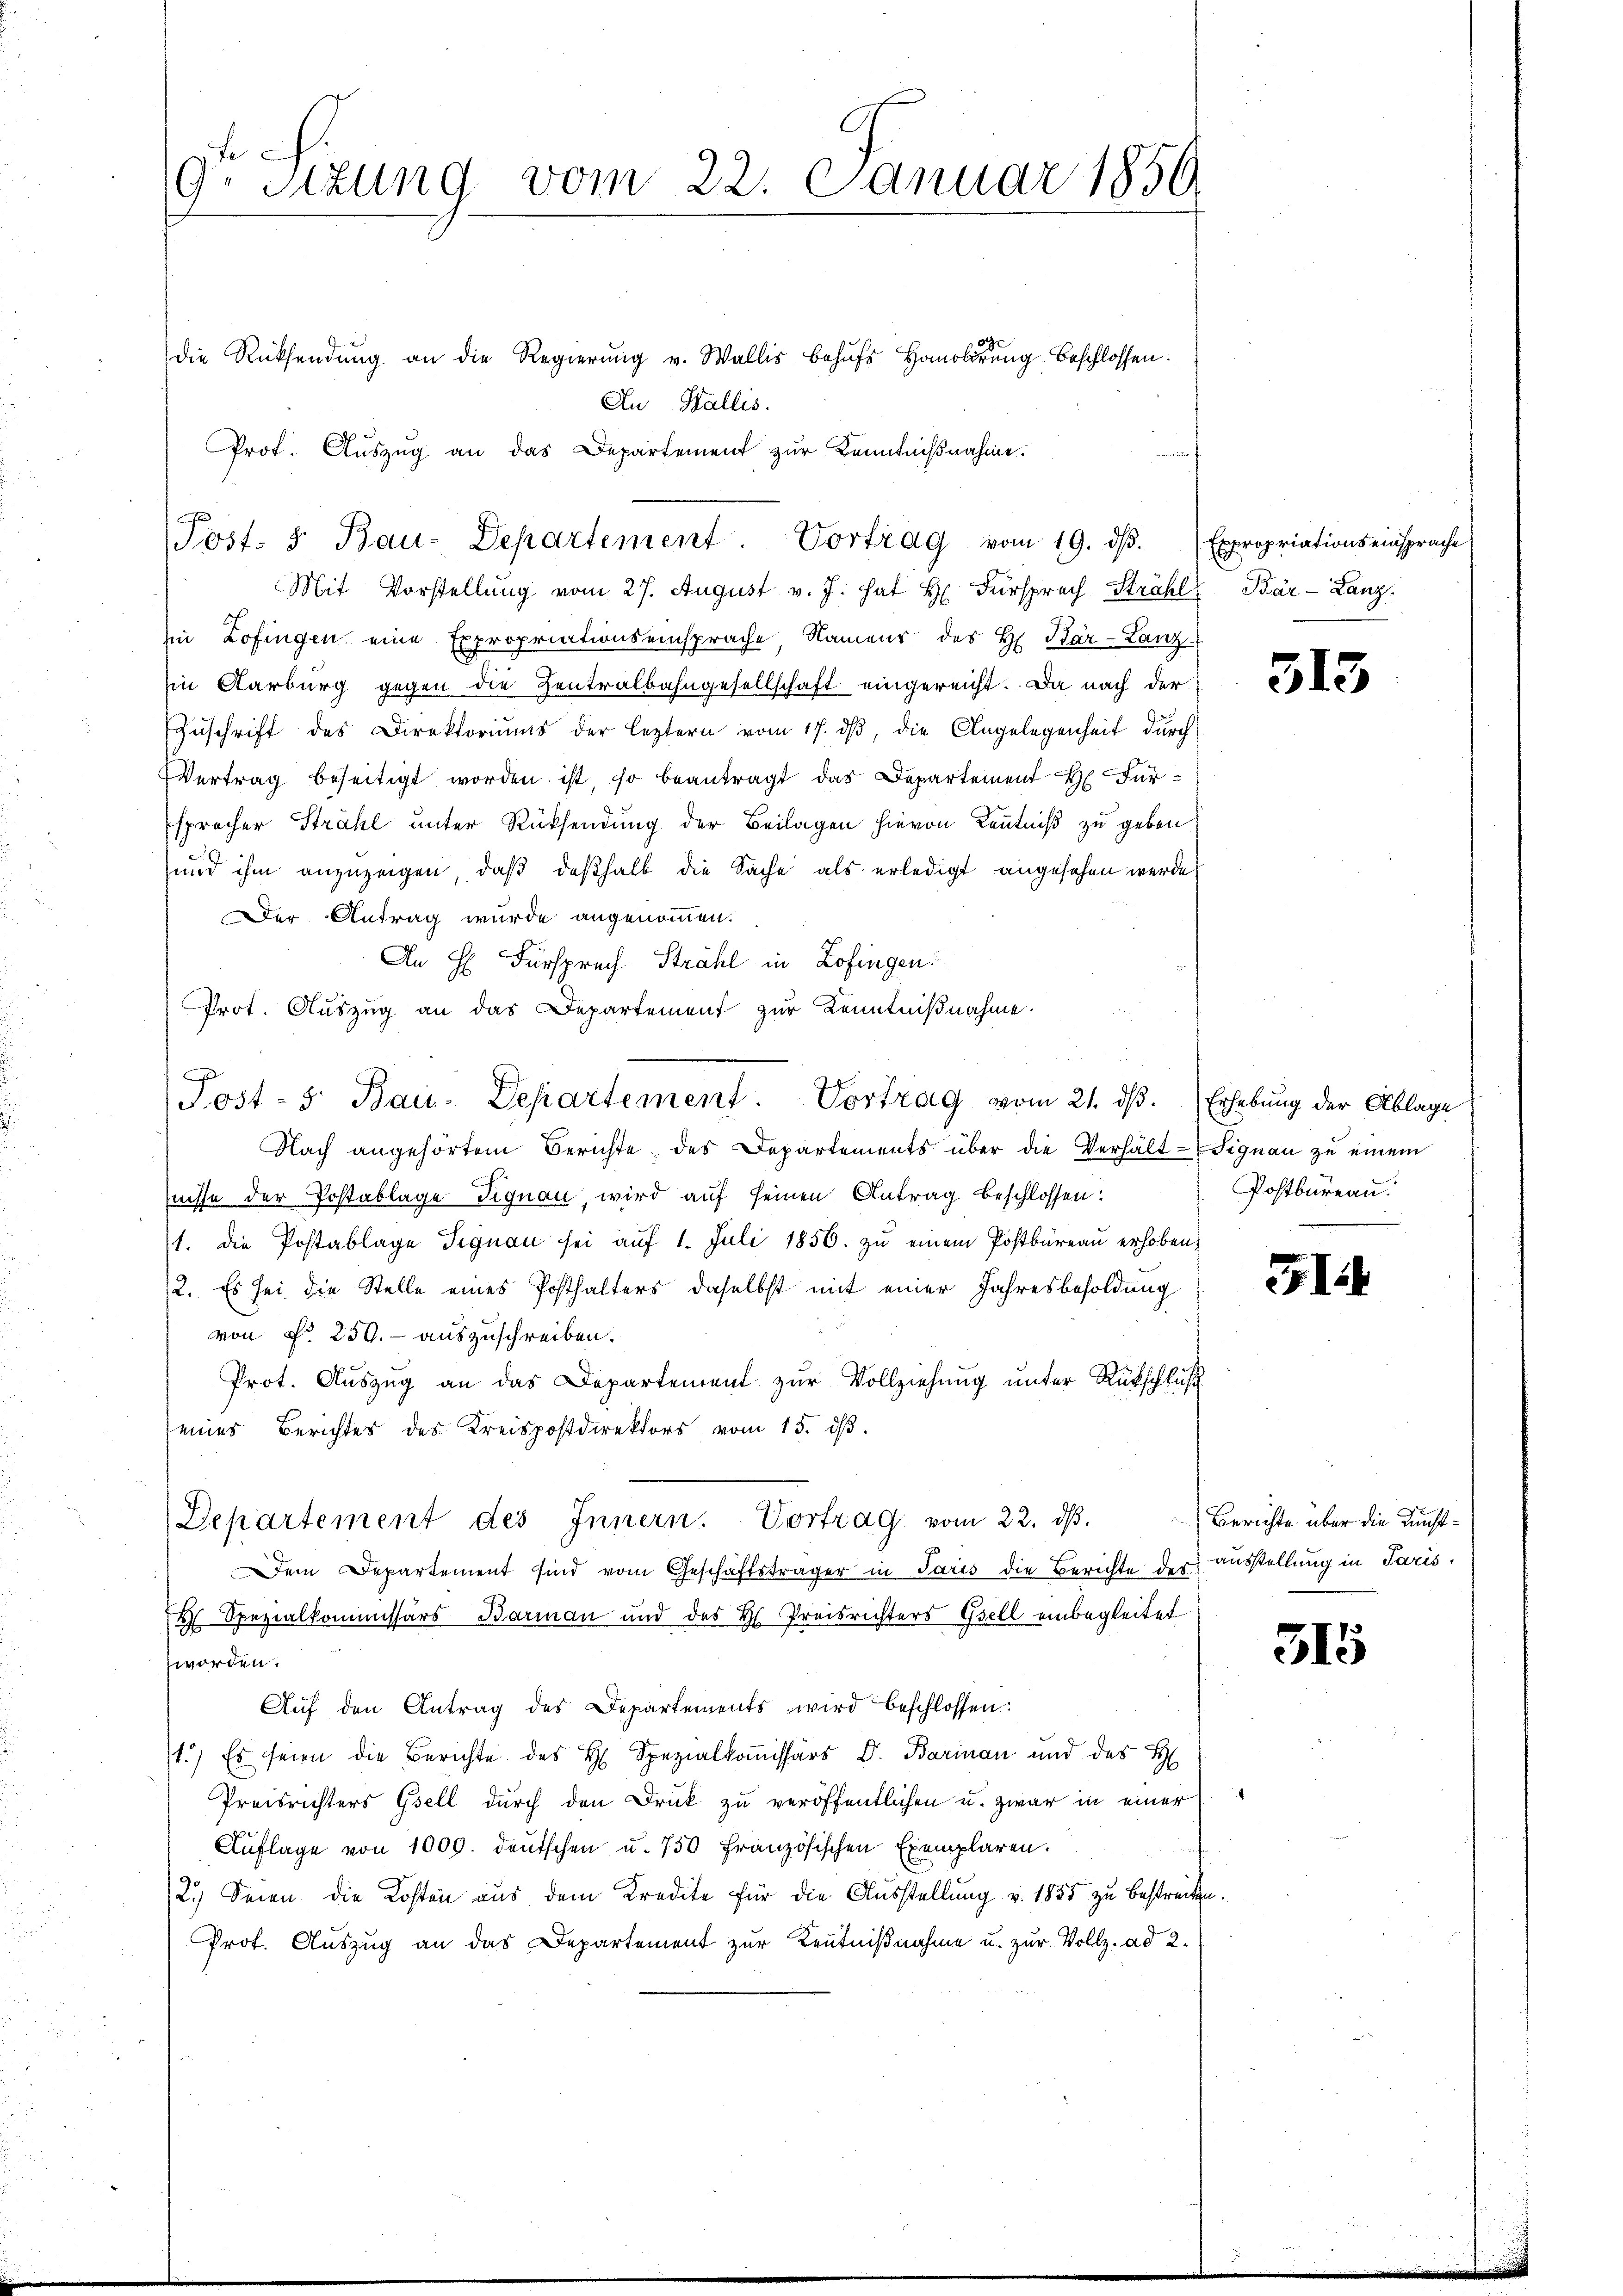
9. Sitzung vom 22. Januar 1850.

die Rücksendung an die Regierung v. Wallis behufs Homolirung beschlossen.
An Wallis.
Prot. Auszug an das Departement zur Kenntnißnahme.
Mit Vorstellung vom 27. August v. J. hat H. Fürsprech Strahl Bár-Lanz
hin Zofingen eine Expropriationseinsprache, Namens des H. Bar-Lanz
in Karburg gegen die Zentralbahngesellschaft eingereicht. Da nach der
Zŭschrift des Direktoriums der leztern vom 17. dβ, die Angelegenheit durch
VVertrag beseitigt worden ist, so beantragt das Departement H. Fürsprocher Strahl unter Rücksendung der Beilagen hievon Kenntniß zu geben
und ihm anzuzeigen, daß deßhalb die Sache als erledigt angesehen werde,
Der Antrag wurde angenommen.
An H. Fürsprech Strahl in Zofingen.
Prot. Auszug an das Departement zur Kenntnißnahme.
.
Nach angehörtem Berichte des Departements über die Verhält-Signau zu einem
tnisse der Postablage Signau, wird auf seinen Antrag beschlossen:
1. die Postablage Signau sei aŭf 1. Juli 1856. zŭ einem Postbüreau erhoben,
2. Es sei die Stelle eines Posthalters daselbst mit einer Jahresbesoldung
von Fr. 250.- auszuschreiben.
Prot. Aŭszŭg an das Departement zŭr Vollziehŭng ŭnter Rückschluß
seines Berichtes des Kreispostdirektors vom 15. dβ.
Departement des Innern. Vortrag vom 22. dβ. Berichte über die Kunst¬
Dem Departement sind vom Geschäftsträger in Paris die Berichte der ausstellung in Paris,
2 Spezialkommissärs Barman und des H. Preisrichters Esell einbegleitet
worden.
Auf den Antrag des Departements wird beschlossen:
1.) Es seien die Berichte des H. Spezialkomissärs Dr. Barinau und des H
Preisrichters Gsell durch den Druck zu veröffentlichen u. zwar in einer
Auflage von 1000. deutschen u. 750 Französischen Exemplaren.
2.) Seien die Kosten aus dem Kredite für die Ausstellung v. 1855 zu bestreiten.
Prof. Auszug an das Departement zur Kenntnißnahme u. zur Vollz. ad 2.

c
Post. 5. Bau-Departement. Vortrag vom 19. dβ. Expropriations einsprache

Post- 5. Bau-Departement. Vortrag vom 21. dβ. Erhebung der Ablage

313

Postbureau.

51

315